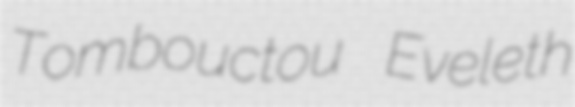
Tombouctou Eveleth